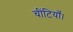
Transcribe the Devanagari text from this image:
चींटियाँ।